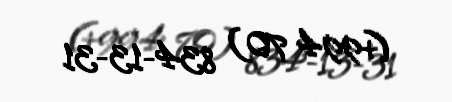
(+994 70) 834-13-31